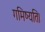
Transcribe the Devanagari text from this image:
गमिष्यति।